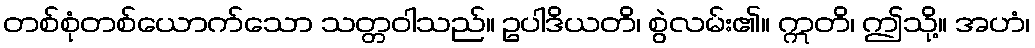
တစ်စုံတစ်ယောက်သော သတ္တဝါသည်။ ဥပါဒိယတိ၊ စွဲလမ်း၏။ ဣတိ၊ ဤသို့။ အဟံ၊